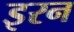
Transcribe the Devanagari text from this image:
इरन